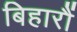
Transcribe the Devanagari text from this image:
बिहारौं